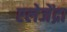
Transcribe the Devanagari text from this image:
एलेजेंद्रा